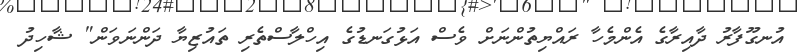
އުނގޫފާރު ދާއިރާގެ އެންމެހާ ރައްޔިތުންނަށް ވެސް އަޅުގަނޑުގެ އިހްލާސްތެރި ތައުޒިޔާ ދަންނަވަން" ޝާހިދު